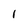
Character: I